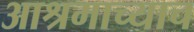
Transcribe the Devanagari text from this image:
आश्रमाच्याच